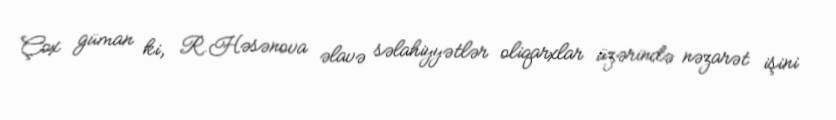
Çox güman ki, R.Həsənova əlavə səlahiyyətlər oliqarxlar üzərində nəzarət işini